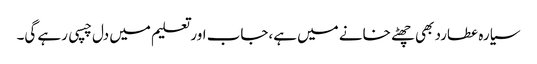
سیارہ عطارد بھی چھٹے خانے میں ہے،جاب اور تعلیم میں دل چسپی رہے گی۔